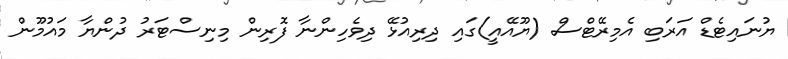
ޔުނައިޓެޑް އަރަބި އެމިރޭޓްސް (ޔޫއޭއީ)ގައި ދިރިއުޅޭ ދިވެހިންނާ ފޮރިން މިނިސްޓަރު ދުންޔާ މައުމޫން